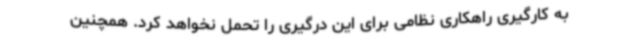
به کارگیری راهکاری نظامی برای این درگیری را تحمل نخواهد کرد. همچنین